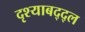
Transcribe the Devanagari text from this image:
दृश्याबद्द्ल